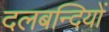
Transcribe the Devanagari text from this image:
दलबन्दियों